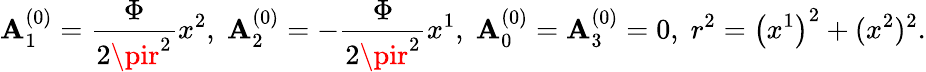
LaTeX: \mathbf{A}_{1}^{\left(0\right)}={\frac{{{\Phi}}}{{{2\pir^{2}}}}}x^{2},\; \mathbf{A}_{2}^{\left(0\right)}=-{\frac{{{\Phi}}}{{{2\pir^{2}}}}}x^{1},\; \mathbf{A}_{0}^{\left(0\right)}=\mathbf{A}_{3}^{\left(0\right)}=0,\; r^{2}=\left(x^{1}\right)^{2}+(x^{2})^{2}.